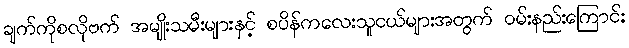
ချက်ကိုစလိုဗက် အမျိုးသမီးများနှင့် စပိန်ကလေးသူငယ်များအတွက် ဝမ်းနည်းကြောင်း